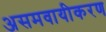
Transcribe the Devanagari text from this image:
असमवायीकरण